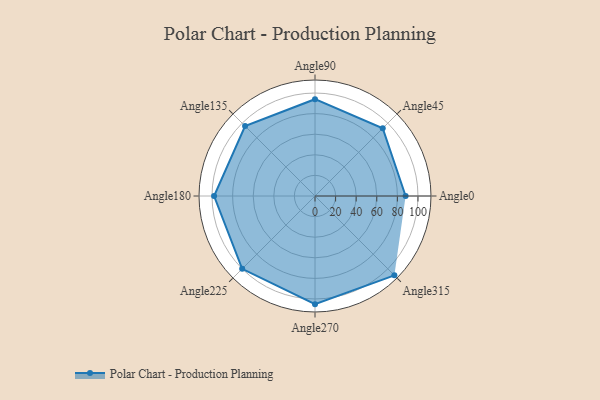
{"axis": {"x": "Angle", "y": "Radius"}, "legend": [""], "data": [{"x": "Angle0", "y": 88.0, "type": ""}, {"x": "Angle45", "y": 93.0, "type": ""}, {"x": "Angle90", "y": 94.0, "type": ""}, {"x": "Angle135", "y": 96.0, "type": ""}, {"x": "Angle180", "y": 98.0, "type": ""}, {"x": "Angle225", "y": 100.0, "type": ""}, {"x": "Angle270", "y": 105.0, "type": ""}, {"x": "Angle315", "y": 109.0, "type": ""}]}